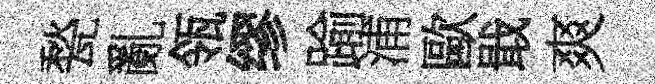
甃亂瓴缪踰浦歐戢爽